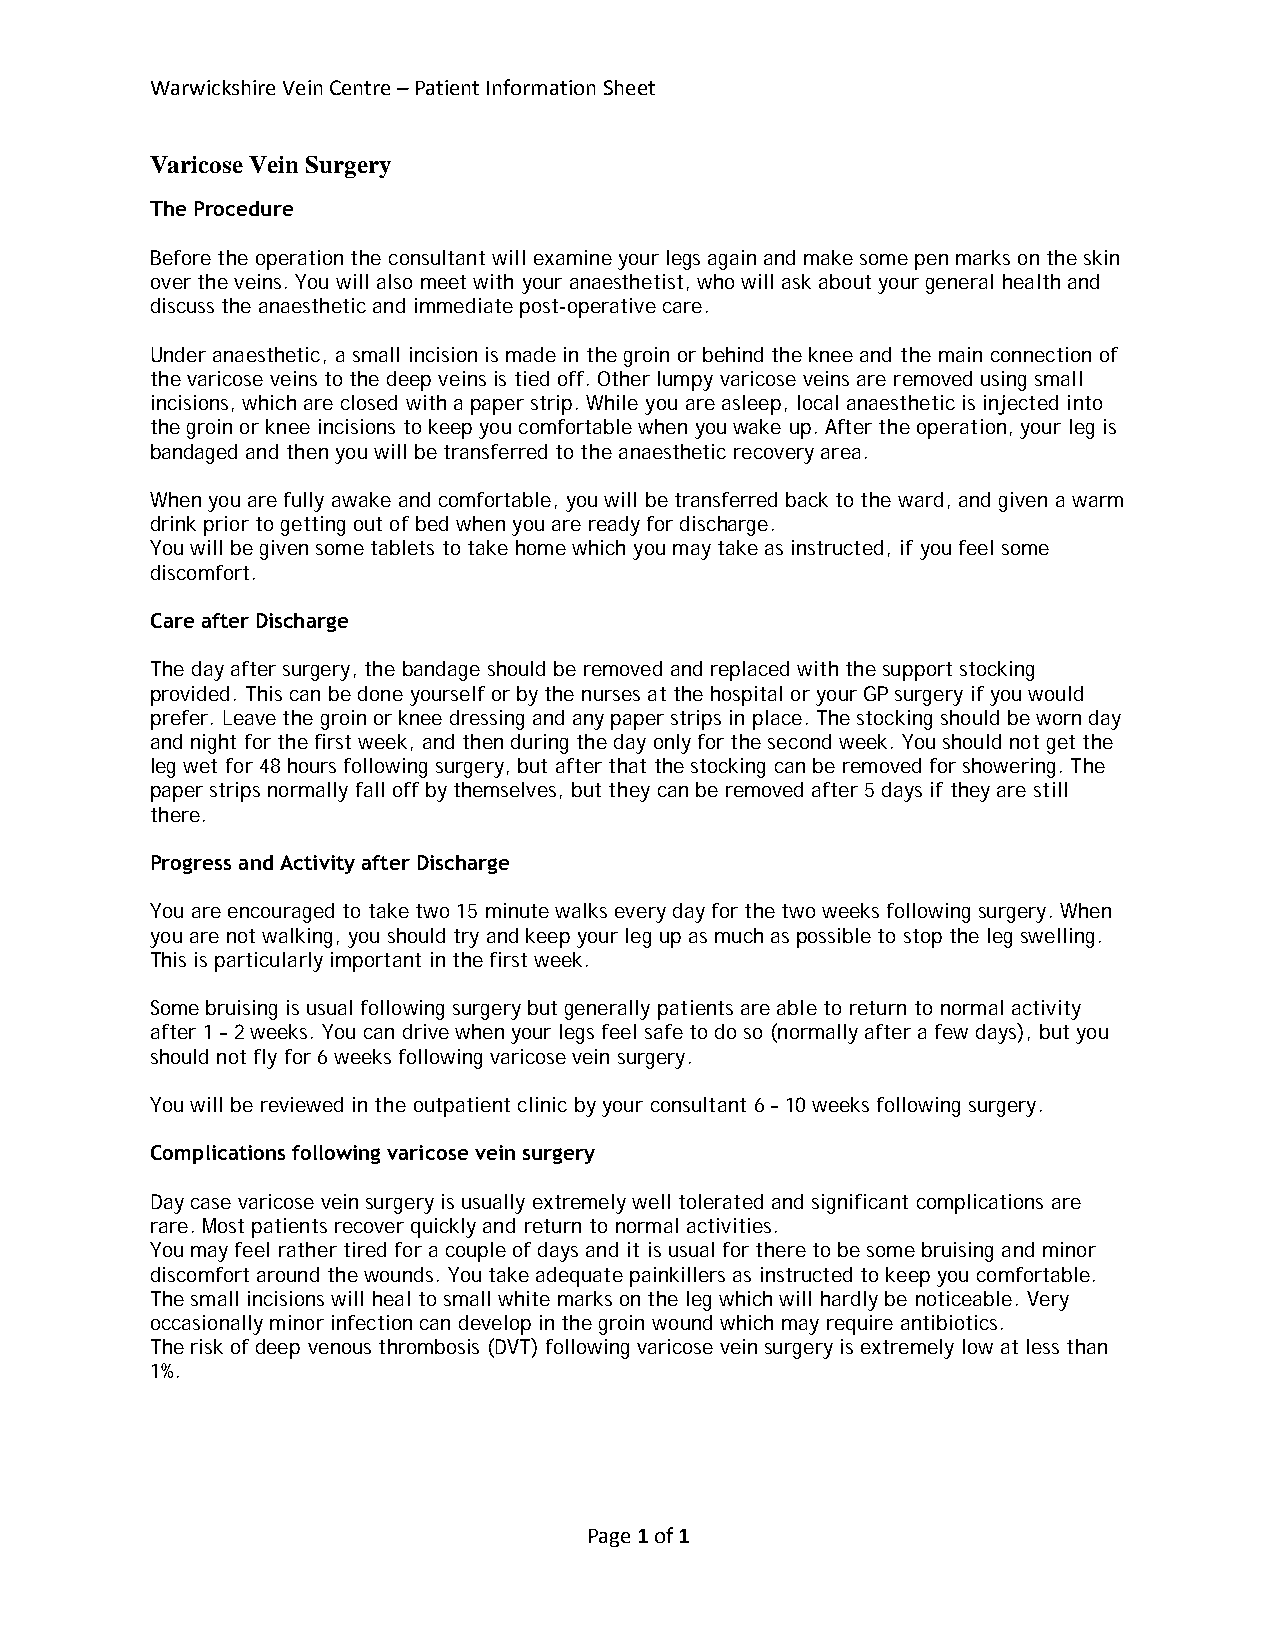
Warwickshire Vein Centre – Patient Information Sheet
 Varicose Vein Surgery
 The Procedure
 Before the operation the consultant will examine your legs again and make some pen marks on the skin
 over the veins. You will also meet with your anaesthetist, who will ask about your general health and
 discuss the anaesthetic and immediate post-operative care.
 Under anaesthetic, a small incision is made in the groin or behind the knee and the main connection of
 the varicose veins to the deep veins is tied off. Other lumpy varicose veins are removed using small
 incisions, which are closed with a paper strip. While you are asleep, local anaesthetic is injected into
 the groin or knee incisions to keep you comfortable when you wake up. After the operation, your leg is
 bandaged and then you will be transferred to the anaesthetic recovery area.
 When you are fully awake and comfortable, you will be transferred back to the ward, and given a warm
 drink prior to getting out of bed when you are ready for discharge.
 You will be given some tablets to take home which you may take as instructed, if you feel some
 discomfort.
 Care after Discharge
 The day after surgery, the bandage should be removed and replaced with the support stocking
 provided. This can be done yourself or by the nurses at the hospital or your GP surgery if you would
 prefer. Leave the groin or knee dressing and any paper strips in place. The stocking should be worn day
 and night for the first week, and then during the day only for the second week. You should not get the
 leg wet for 48 hours following surgery, but after that the stocking can be removed for showering. The
 paper strips normally fall off by themselves, but they can be removed after 5 days if they are still
 there.
 Progress and Activity after Discharge
 You are encouraged to take two 15 minute walks every day for the two weeks following surgery. When
 you are not walking, you should try and keep your leg up as much as possible to stop the leg swelling.
 This is particularly important in the first week.
 Some bruising is usual following surgery but generally patients are able to return to normal activity
 after 1 – 2 weeks. You can drive when your legs feel safe to do so (normally after a few days), but you
 should not fly for 6 weeks following varicose vein surgery.
 You will be reviewed in the outpatient clinic by your consultant 6 – 10 weeks following surgery.
 Complications following varicose vein surgery
 Day case varicose vein surgery is usually extremely well tolerated and significant complications are
 rare. Most patients recover quickly and return to normal activities.
 You may feel rather tired for a couple of days and it is usual for there to be some bruising and minor
 discomfort around the wounds. You take adequate painkillers as instructed to keep you comfortable.
 The small incisions will heal to small white marks on the leg which will hardly be noticeable. Very
 occasionally minor infection can develop in the groin wound which may require antibiotics.
 The risk of deep venous thrombosis (DVT) following varicose vein surgery is extremely low at less than
 1%.
 Page 1 of 1